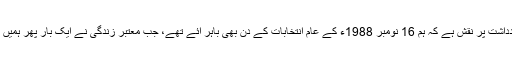
ہماری لوحِ یادداشت پر نقش ہے کہ ہم 16 نومبر 1988ء کے عام انتخابات کے دن بھی باہر آئے تھے، جب معتبر زندگی نے ایک بار پھر ہمیں آواز دی تھی ۔